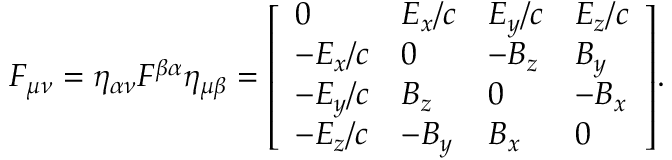
F _ { \mu \nu } = \eta _ { \alpha \nu } F ^ { \beta \alpha } \eta _ { \mu \beta } = { \left[ \begin{array} { l l l l } { 0 } & { E _ { x } / c } & { E _ { y } / c } & { E _ { z } / c } \\ { - E _ { x } / c } & { 0 } & { - B _ { z } } & { B _ { y } } \\ { - E _ { y } / c } & { B _ { z } } & { 0 } & { - B _ { x } } \\ { - E _ { z } / c } & { - B _ { y } } & { B _ { x } } & { 0 } \end{array} \right] } .